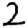
Digit: 2